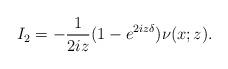
LaTeX: \begin{align*}I_2=-\frac{1}{2iz}(1-e^{2iz\delta}) \nu(x ; z) .\end{align*}